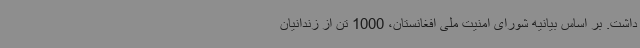
داشت. بر اساس بیانیه شورای امنیت ملی افغانستان، 1000 تن از زندانیان